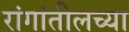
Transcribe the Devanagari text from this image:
रांगांतीलच्या